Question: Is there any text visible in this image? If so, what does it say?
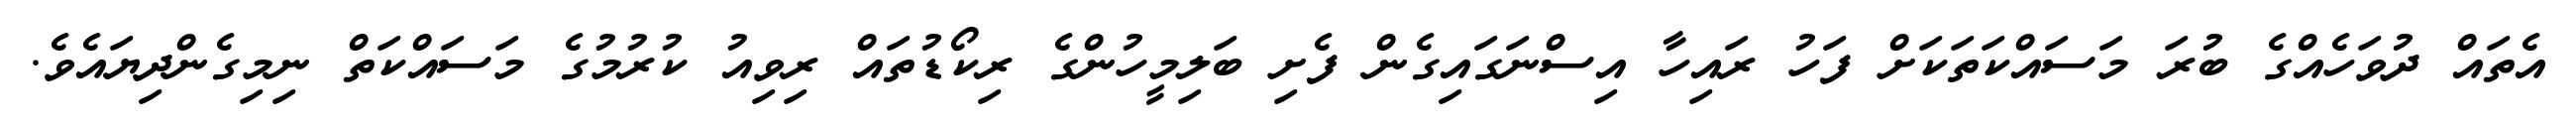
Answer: އެތައް ދުވަހެއްގެ ބުރަ މަސައްކަތަކަށް ފަހު ރައިހާ އިސްނަގައިގެން ފެށި ބަލިމީހުންގެ ރިކޯޑުތައް ރިވިއު ކުރުމުގެ މަސައްކަތް ނިމިގެންދިޔައެވެ.